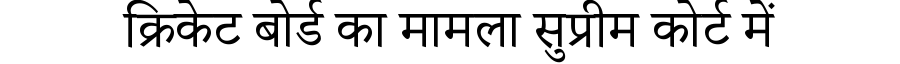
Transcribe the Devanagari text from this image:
क्रिकेट बोर्ड का मामला सुप्रीम कोर्ट में